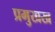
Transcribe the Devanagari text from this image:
प्रमुखख